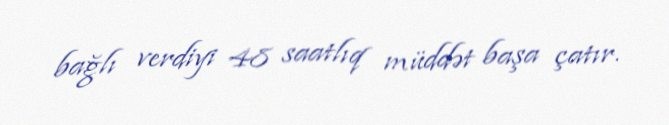
bağlı verdiyi 48 saatlıq müddət başa çatır.